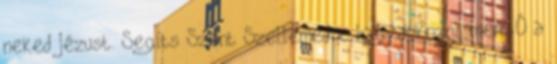
neked Jézust. Segíts Szent Szellemedre hagyatkozni, mert Ő a